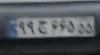
۹۹ج۶۶۵۵۵